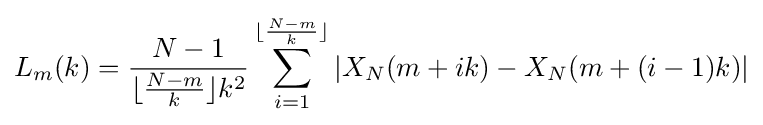
L_{m}(k)={\frac {N-1}{\lfloor {\frac {N-m}{k}}\rfloor k^{2}}}\sum _{i=1}^{\lfloor {\frac {N-m}{k}}\rfloor }|X_{N}(m+ik)-X_{N}(m+(i-1)k)|